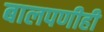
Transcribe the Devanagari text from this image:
बालपणीही